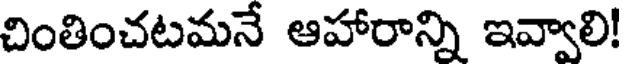
చింతించటమనే ఆహారాన్ని ఇవ్వాలి!